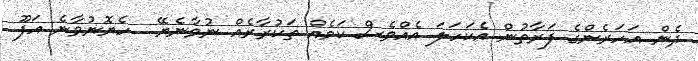
ދެން އަހަރެންގެ ފަރާތުން އެކަހަލަ އެއްވެސް ކަމެއް ތަކުރާރެއް ނުވާނެޔޭ.. ހެޔޮނުވާނެ އަފޫ..